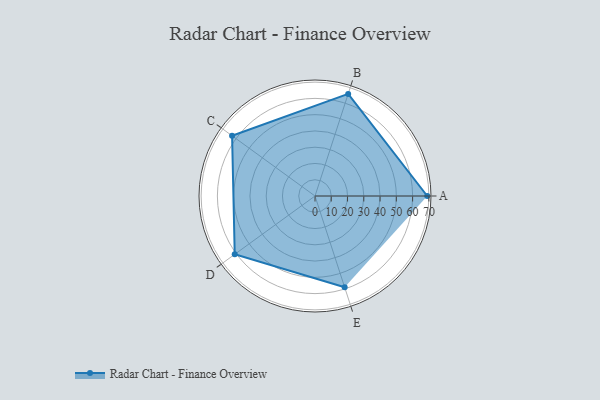
{"axis": {"x": "Skill", "y": "Score"}, "legend": ["Profile"], "data": [{"x": "A", "y": 69.0, "type": "Profile"}, {"x": "B", "y": 66.0, "type": "Profile"}, {"x": "C", "y": 63.0, "type": "Profile"}, {"x": "D", "y": 61.0, "type": "Profile"}, {"x": "E", "y": 59.0, "type": "Profile"}]}